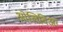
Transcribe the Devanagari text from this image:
ओलिविअर